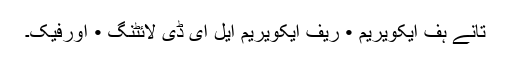
تانے ہف ایکویریم • ریف ایکویریم ایل ای ڈی لائٹنگ • اورفیک۔